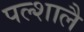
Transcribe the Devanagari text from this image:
पल्शालै